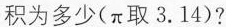
积为多少(π取3.14)?